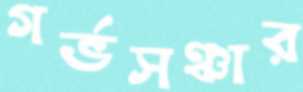
গর্ভসঞ্চার